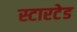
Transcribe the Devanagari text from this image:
स्टारटेड